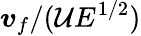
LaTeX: \boldsymbol{v}_{f}/(\mathcal{U}E^{1/2})